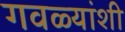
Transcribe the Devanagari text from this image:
गवळ्यांशी